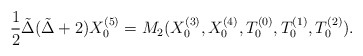
\begin{align*} \frac{1}{2} \tilde \Delta(\tilde \Delta+2) X_0^{(5)} = M_2( X_0^{(3)}, X_0^{(4)}, T_0^{(0)}, T_0^{(1)},T_0^{(2)}).\end{align*}